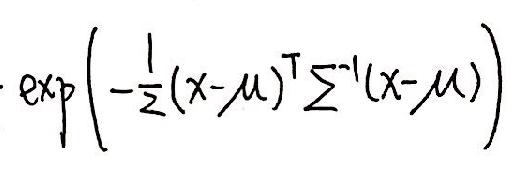
\(\exp\left(-\frac{1}{2}(x - \mu)^{\mathrm{T}}\Sigma^{-1}(x - \mu)\right)\)